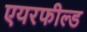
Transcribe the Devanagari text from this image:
एयरफील्‍ड